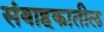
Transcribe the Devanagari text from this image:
संवाहकातील